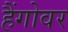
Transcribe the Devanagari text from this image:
हैंगोवर